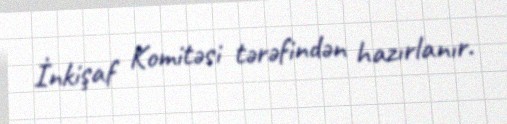
İnkişaf Komitəsi tərəfindən hazırlanır.